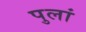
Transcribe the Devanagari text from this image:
पुलां